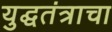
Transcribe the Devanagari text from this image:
युद्घतंत्राचा